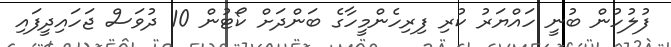
ފުލުހުން ބުނީ ހައްޔަރު ކުރި ފިރިހެންމީހާގެ ބަންދަށް ކޯޓުން 10 ދުވަސް ޖަހައިދީފައި